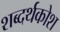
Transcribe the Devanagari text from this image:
शब्दर्थकोश